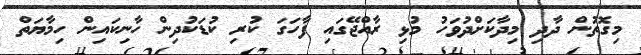
މިގޮތުން ދާދި މިދާކަށްދުވަހު މުޅި ރާއްޖޭގައި ފާހަގަ ކުރި ކުޑަކުދިން ހާނިކައިން ހިމާޔަތް